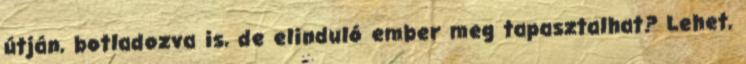
útján, botladozva is, de elinduló ember meg tapasztalhat? Lehet,